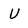
Character: U